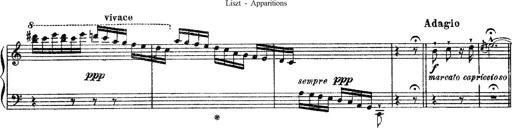
Title: Apparitions
Composer: Franz Liszt